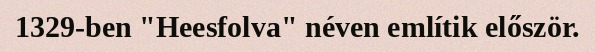
1329-ben "Heesfolva" néven említik először.